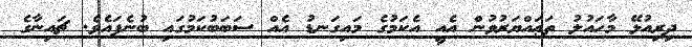
ދިރިއުޅޭ މާހައުލު ތަޢައްޔަރުވުން އެއީ އެކަމުގެ މައިގަނޑު އެއް ސަބަބުކަމުގައި ބުނެފައެވެ. ޗައިނާގެ